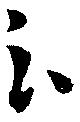
云